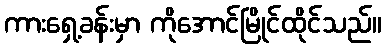
ကားရှေ့ခန်းမှာ ကိုအောင်မြိုင်ထိုင်သည်။